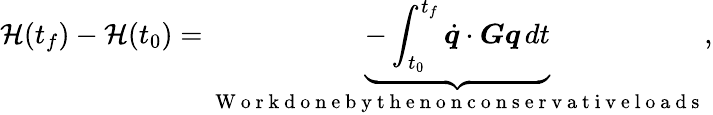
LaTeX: \mathcal{H}(t_{f})-\mathcal{H}(t_{0})=\underbrace{-\int_{t_{0}}^{t_{f}}\dot{\boldsymbol{q}}\cdot\boldsymbol{G}\boldsymbol{q}\, dt}_{\mathrm{~W~o~r~k~d~o~n~e~b~y~t~h~e~n~o~n~c~o~n~s~e~r~v~a~t~i~v~e~l~o~a~d~s~}},